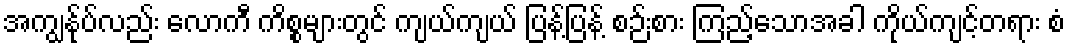
အကျွန်ုပ်လည်း လောကီ ကိစ္စများတွင် ကျယ်ကျယ် ပြန့်ပြန့် စဉ်းစား ကြည့်သောအခါ ကိုယ်ကျင့်တရား စံ